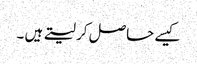
کیسے حاصل کر لیتے ہیں ۔